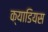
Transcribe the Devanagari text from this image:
क्याडियस